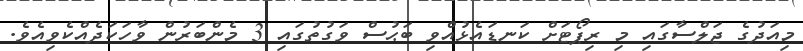
މިއަދުގެ ޖަލްސާގައި މި ރިޕޯޓަށް ކަނޑައެޅުއްވި ބަޙުސް ވަގުތުގައި 3 މެންބަރުން ވާހަކަދެއްކެވިއެވެ.